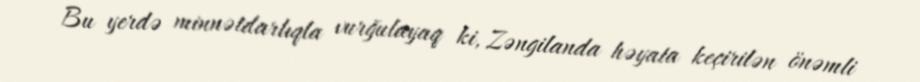
Bu yerdə minnətdarlıqla vurğulayaq ki, Zəngilanda həyata keçirilən önəmli